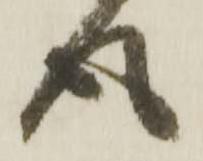
得